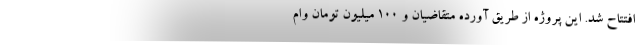
افتتاح شد. این پروژه از طریق آورده متقاضیان و ۱۰۰ میلیون تومان وام